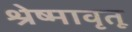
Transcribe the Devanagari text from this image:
श्रेष्मावृतू